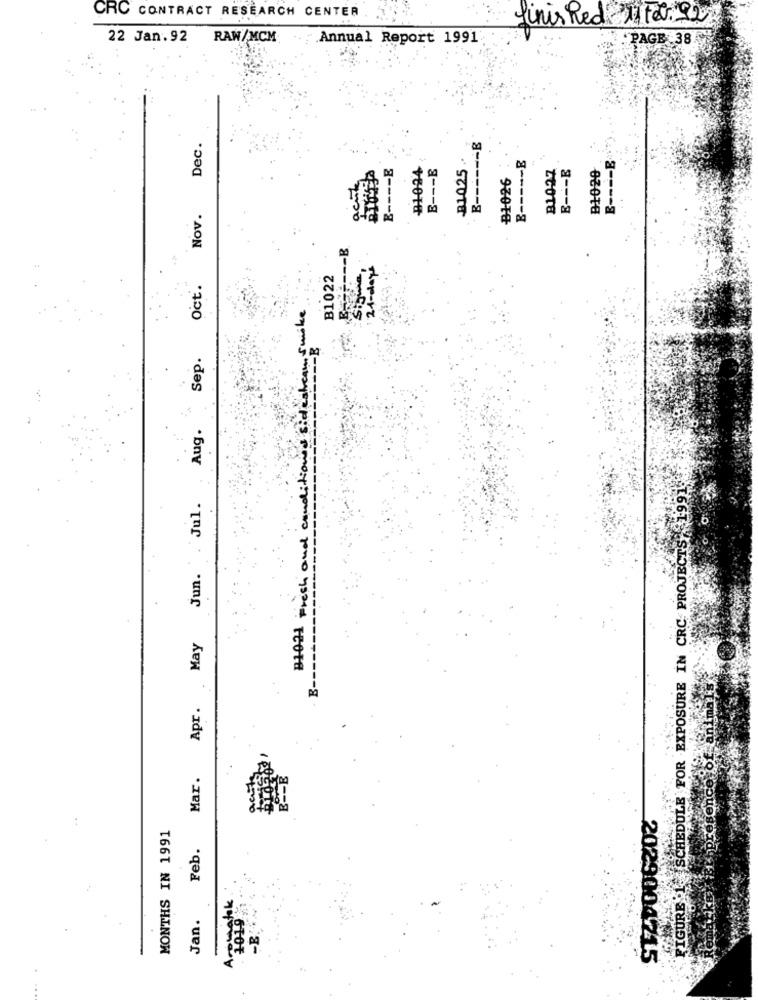
CRC CONTRACT RESEARCH CENTER
finis Red 11 tel. 92
22 Jan.92 RAW/MCM
Annual Report 1991
. PAGE 38
B ------ B
Dec.
E ----- E
E ---- B
B1024
E --- E
B1025
. +
B1027
E --- E
B1020
E ---- B
B1026
Nov.
--- B
21 -days
B1022
Oct.
ows sidestream Smoke
Sep.
Aug.
ng £1991.
B1021 Fresh and candi
jun. . Jul.
FIGURE 1- SCHEDULE FOR EXPOSURE IN CRC PROJECTS,1
May
E-
Apr .
Mar.
STAD006202
MONTHS IN 1991
Feb.
romanek
Jan.
-B.